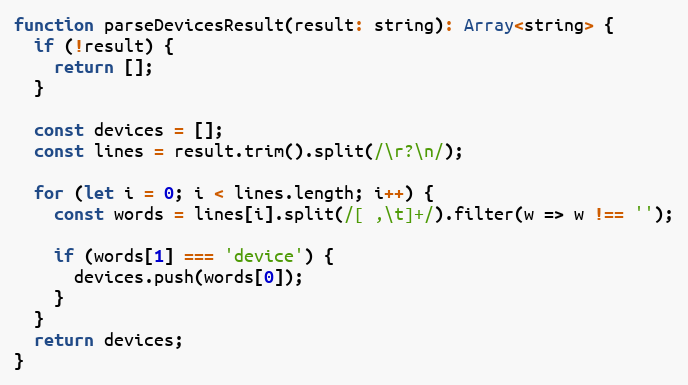
Language: JavaScript
function parseDevicesResult(result: string): Array<string> {
  if (!result) {
    return [];
  }

  const devices = [];
  const lines = result.trim().split(/\r?\n/);

  for (let i = 0; i < lines.length; i++) {
    const words = lines[i].split(/[ ,\t]+/).filter(w => w !== '');

    if (words[1] === 'device') {
      devices.push(words[0]);
    }
  }
  return devices;
}